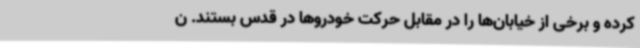
کرده و برخی از خیابان‌ها را در مقابل حرکت خودروها در قدس بستند. ن